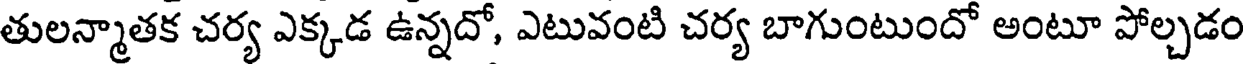
తులన్మాతక చర్య ఎక్కడ ఉన్నదో, ఎటువంటి చర్య బాగుంటుందో అంటూ పోల్చడం